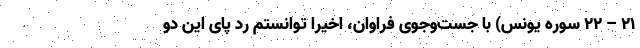
۲۱ – ۲۲ سوره یونس) با جست‌وجوی فراوان، اخیرا توانستم رد پای این دو